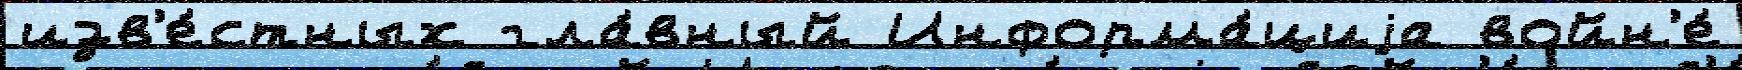
изв'е́стных гла́вный Информа́циjа войн'е́